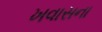
ખવાસના